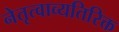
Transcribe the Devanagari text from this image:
नेतृत्वाव्यतिरिक्त